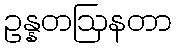
ဥန္နတဩနတာ